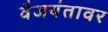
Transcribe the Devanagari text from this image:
वैजयंतावर